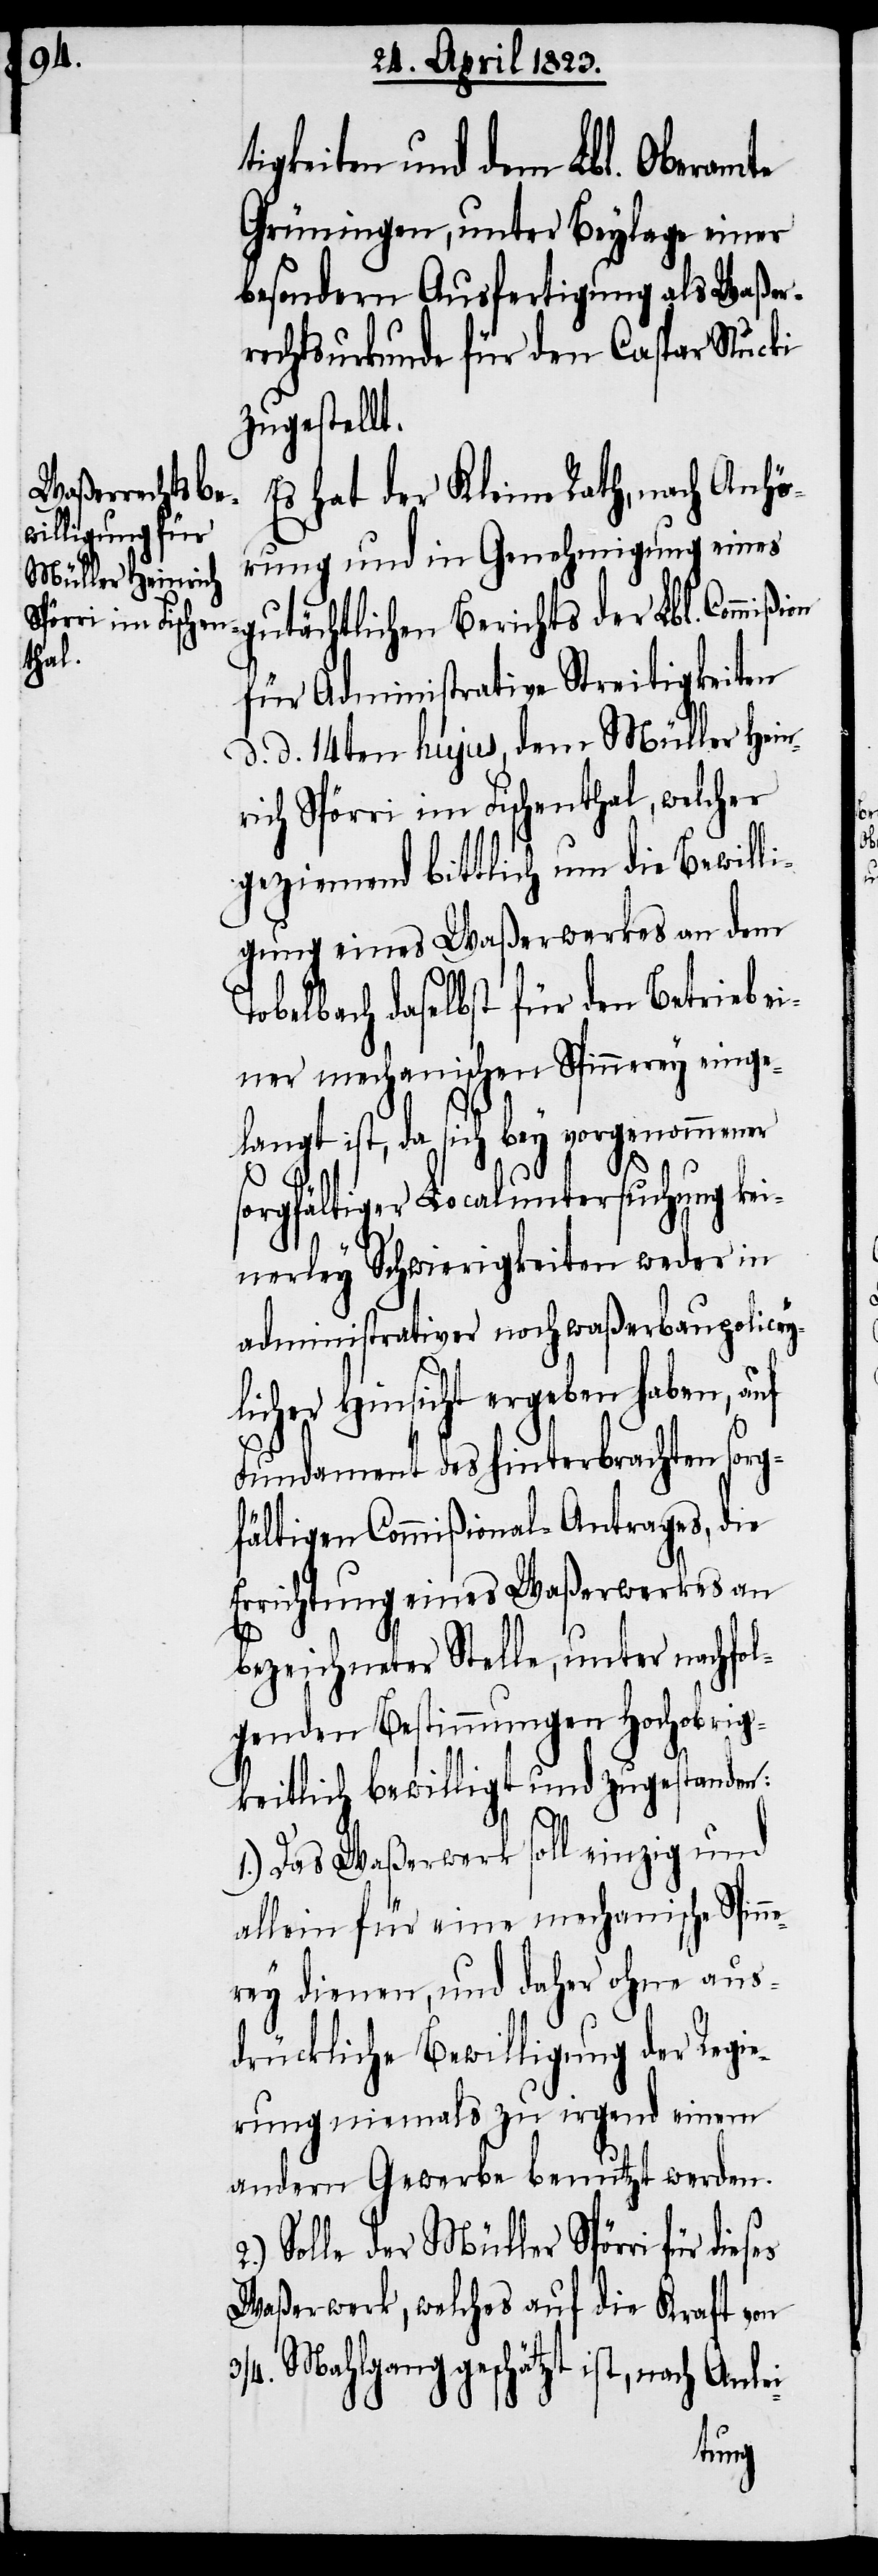
tigkeiten und dem Lbl. Oberamte
Grüningen, unter Beylage einer
besondern Ausfertigung als Waßer¬
rechtsurkunde für den Caspar Stucki
zugestellt.
Es hat der Kleine Rath, nach Anhö¬
rung und in Genehmigung eines
gutächtlichen Berichts der Lbl. Commißi¬
für Administrative Streitigkeiten
d. d. 14ten hujus, dem Müller Hein¬
rich Spörri im Fischenthal, welcher
geziemend bittlich um die Bewilli¬
gung eines Waßerwerkes an dem
Tobelbach daselbst für den Betrieb ei¬
ner mechanischen Spinnerey einge¬
langt ist, da sich bey vorgenommener
sorgfältiger Localuntersuchung kei¬
nerley Schwierigkeiten weder in
administrativer noch waßerbaupolicey¬
licher Hinsicht ergeben haben, auf
Fundament des hinterbrachten sor¬
fältigen Commißional-Antrages, die
Errichtung eines Waßerwerkes an
bezeichneter Stelle, unter nachfol¬
genden Bestimmungen Hochobrig¬
keitlich bewilligt und zugestanden:
2.)
1.) Das Waßerwerk soll einzig und
allein für eine mechanische Spinn¬
erey dienen, und daher ohne aus¬
drückliche Bewilligung der Regie¬
rung niemals zu irgend einem
andern Gewerbe benutzt werden.
Solle der Müller Spörri für dieses
Waßerwerk, welches auf die Kraft von
3/4. Mahlgang geschätzt ist, nach